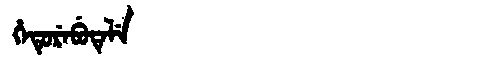
Manchu: ᡥᡝᡨᡠᡵᡝᠪᡠᡨᡝᠯᡝ
Romanization: HETUREBUTELE